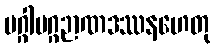
မဂ္ဂါမဂ္ဂဉာဏဒဿနဟေတု